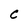
Character: C